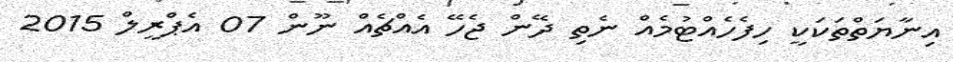
އިނާޔަތްތަކަކީ ހިފެހެއްޓުމެއް ނެތި ދޭން ޖެހޭ އެއްޗެއް ނޫން 07 އެޕްރީލް 2015